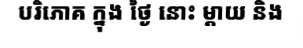
បរិភោគ ក្នុង ថ្ងៃ នោះ ម្តាយ និង